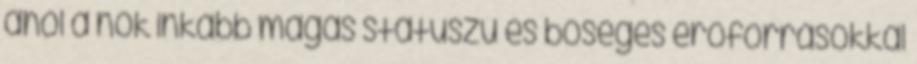
ahol a nők inkább magas státuszú és bőséges erőforrásokkal